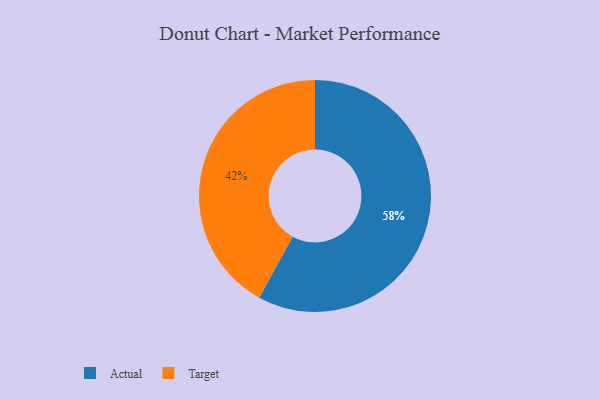
{"axis": {"x": "Category", "y": "Percentage"}, "legend": ["Actual", "Target"], "data": [{"x": "Actual", "y": 58, "type": "Actual"}, {"x": "Target", "y": 42, "type": "Target"}]}